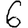
Digit: 6